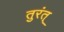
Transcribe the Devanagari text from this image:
तुरंत्